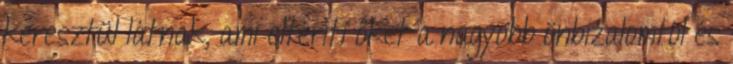
keresztül látnak, ami eltéríti őket a nagyobb önbizalomtól és